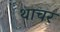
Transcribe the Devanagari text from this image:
थाचर